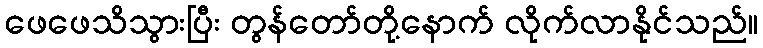
ဖေဖေသိသွားပြီး တွန်တော်တို့နောက် လိုက်လာနိုင်သည်။